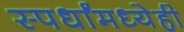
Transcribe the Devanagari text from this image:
स्पर्धांमध्येही